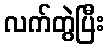
လက်တွဲပြီး